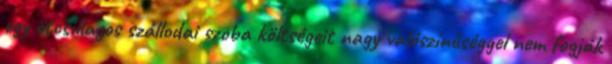
egy ötcsillagos szállodai szoba költségeit nagy valószínűséggel nem fogják